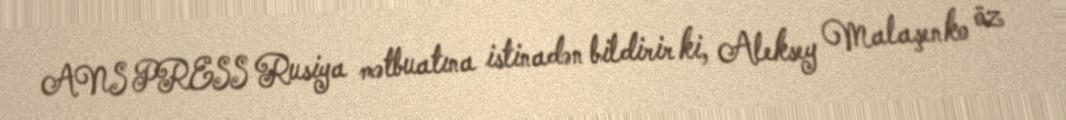
ANS PRESS Rusiya mətbuatına istinadən bildirir ki, Aleksey Malaşenko öz